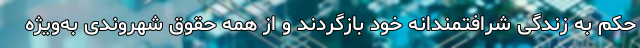
حکم به زندگی شرافتمندانه خود بازگردند و از همه حقوق شهروندی به‌ویژه